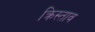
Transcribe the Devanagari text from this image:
क्रिस्ताव